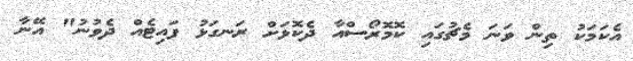
އެކަމަކު ތިން ވަނަ މެޗުގައި ކޮމޮރޯސްއާ ދެކޮޅަށް ރަނގަޅު ފައިޓެއް ދެވުނު" އޭނާ